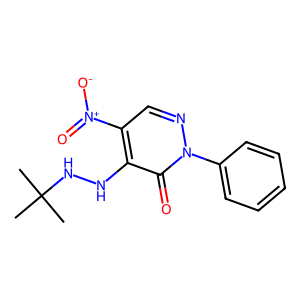
SMILES: CC(C)(C)NNc1c([N+](=O)[O-])cnn(-c2ccccc2)c1=O
Inhibits HIV replication: No